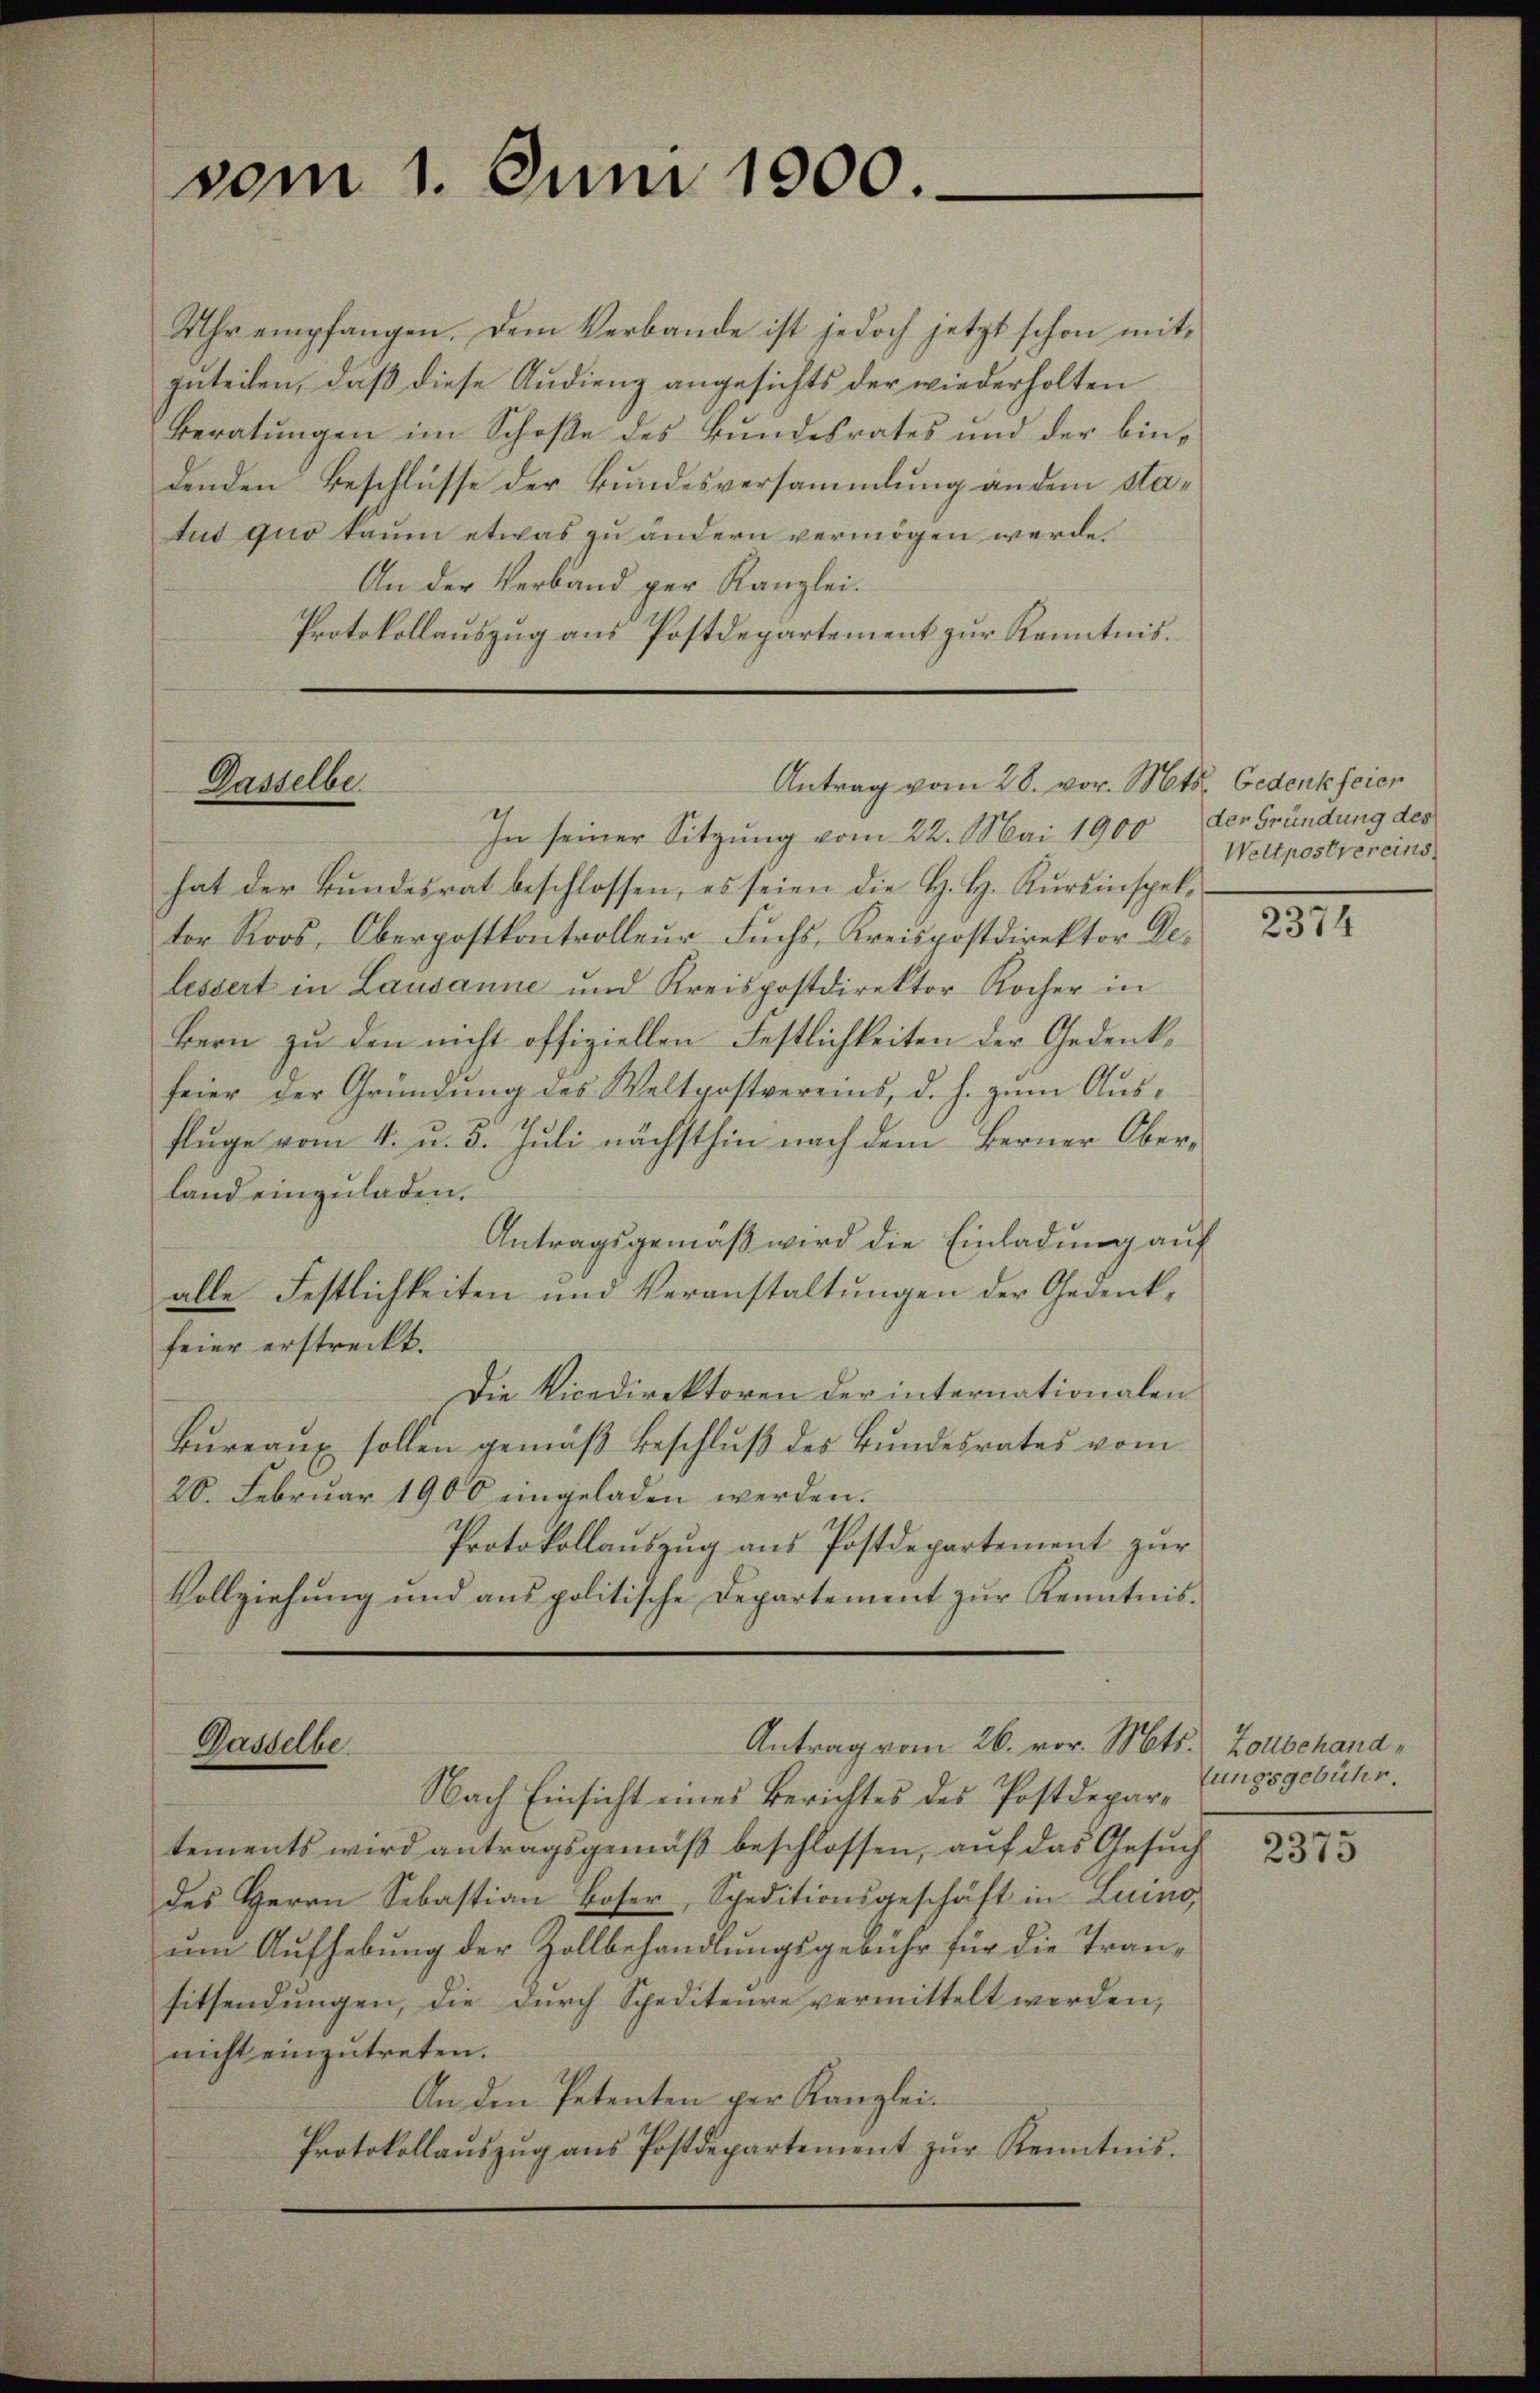
vom 1. Juni 1900.

Uhr empfangen. Dem Verbande ist jedoch jetzt schon mitzuteilen, daß diese Audienz angesichts der wiederholten
Beratungen im Schoße des Bundesrates und der bindenden Beschlüsse der Bundesversammlung an dem Status quo kaum etwas zu ändern vermögen werde.
An der Verband per Kanzlei.
Protokollauszug aus Postdepartement zur Kenntnis.

Dasselbe.

Gaddelbe

Antrag vom 28. vor. Mts. Gedenkfeier

In seiner Sitzung vom 22. Mai 1900 der Gründung des
hat der Bundesrat beschlossen, es seien die H. H. Kursinspektor Roos, Oberpostkontrolleur Fŭchs, Kreispostdirektor De-
lessert in Lausanne und Kreispostdirektor Rocher in
Bern zu den nicht offiziellen Festlichkeiten der Gedenkfeier der Gründung des Weltpostvereins, d. h. zum Ausflüge vom 4. u. 5. Juli nächsthin nach dem Berner Oberland einzuladen.
Antragsgemäß wird die Einladung auf
alle Festlichkeiten und Veranstaltungen der Gedenk-
feier erstreckt.
Die Vicedirektoren der internationalen
Bureaux sollen gemäß Beschlŭβ des Bundesrates vom
20. Februar 1900 eingeladen werden.
Protokollauszug aus Postdepartement zur
Vollziehung und aus politische Departement zur Kenntnis¬

Antrag vom 26. vor. Mts. Zollbehand¬

Nach Einsicht eines Berichtes des Postdepartements wird antragsgemäß beschlossen, auf das Gesuch
des Herrn Sebastian Boser, Speditionsgeschäft in Luino
um Aufhebung der Zollbehandlungsgebühr für die Transitsendungen, die durch Spediteure vermittelt werden,
nicht einzutreten.
An den Petenten per Kanzlei.
Protokollaŭszŭg ans Postdepartement zŭr Kenntnis.

Weltpostvereins

2374

lungsgebühr.

2375